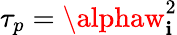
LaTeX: \tau_{p}=\alphaw_{\mathbf{i}}^{2}